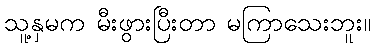
သူ့နှမက မီးဖွားပြီးတာ မကြာသေးဘူး။